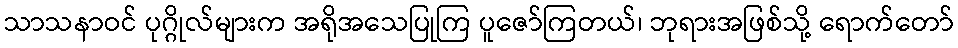
သာသနာဝင် ပုဂ္ဂိုလ်များက အရိုအသေပြုကြ ပူဇော်ကြတယ်၊ ဘုရားအဖြစ်သို့ ရောက်တော်